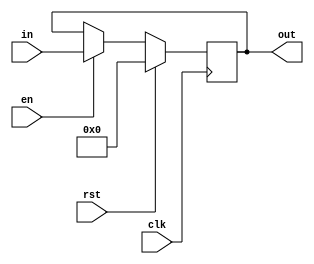
module RegisterA10bit(in, en, rst, clk, out);
    parameter N = 10;

    input [N-1:0] in;
    input  en, clk, rst;

    output reg [N-1:0] out;

    always @(posedge clk) begin
        if (rst)
            out <= {N{10'b0}};
 	 
        else if (en)
            out <= in;
    end

endmodule